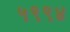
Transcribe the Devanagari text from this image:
५९९४